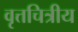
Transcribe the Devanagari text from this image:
वृत्तचित्रीय